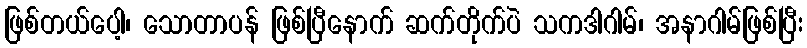
ဖြစ်တယ်ပေါ့၊ သောတာပန် ဖြစ်ပြီနောက် ဆက်တိုက်ပဲ သကဒါဂါမ်၊ အနာဂါမ်ဖြစ်ပြီး